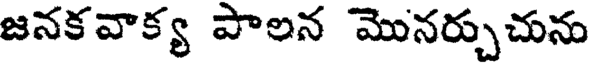
జనకవాక్య పాలన మొనర్చుచును